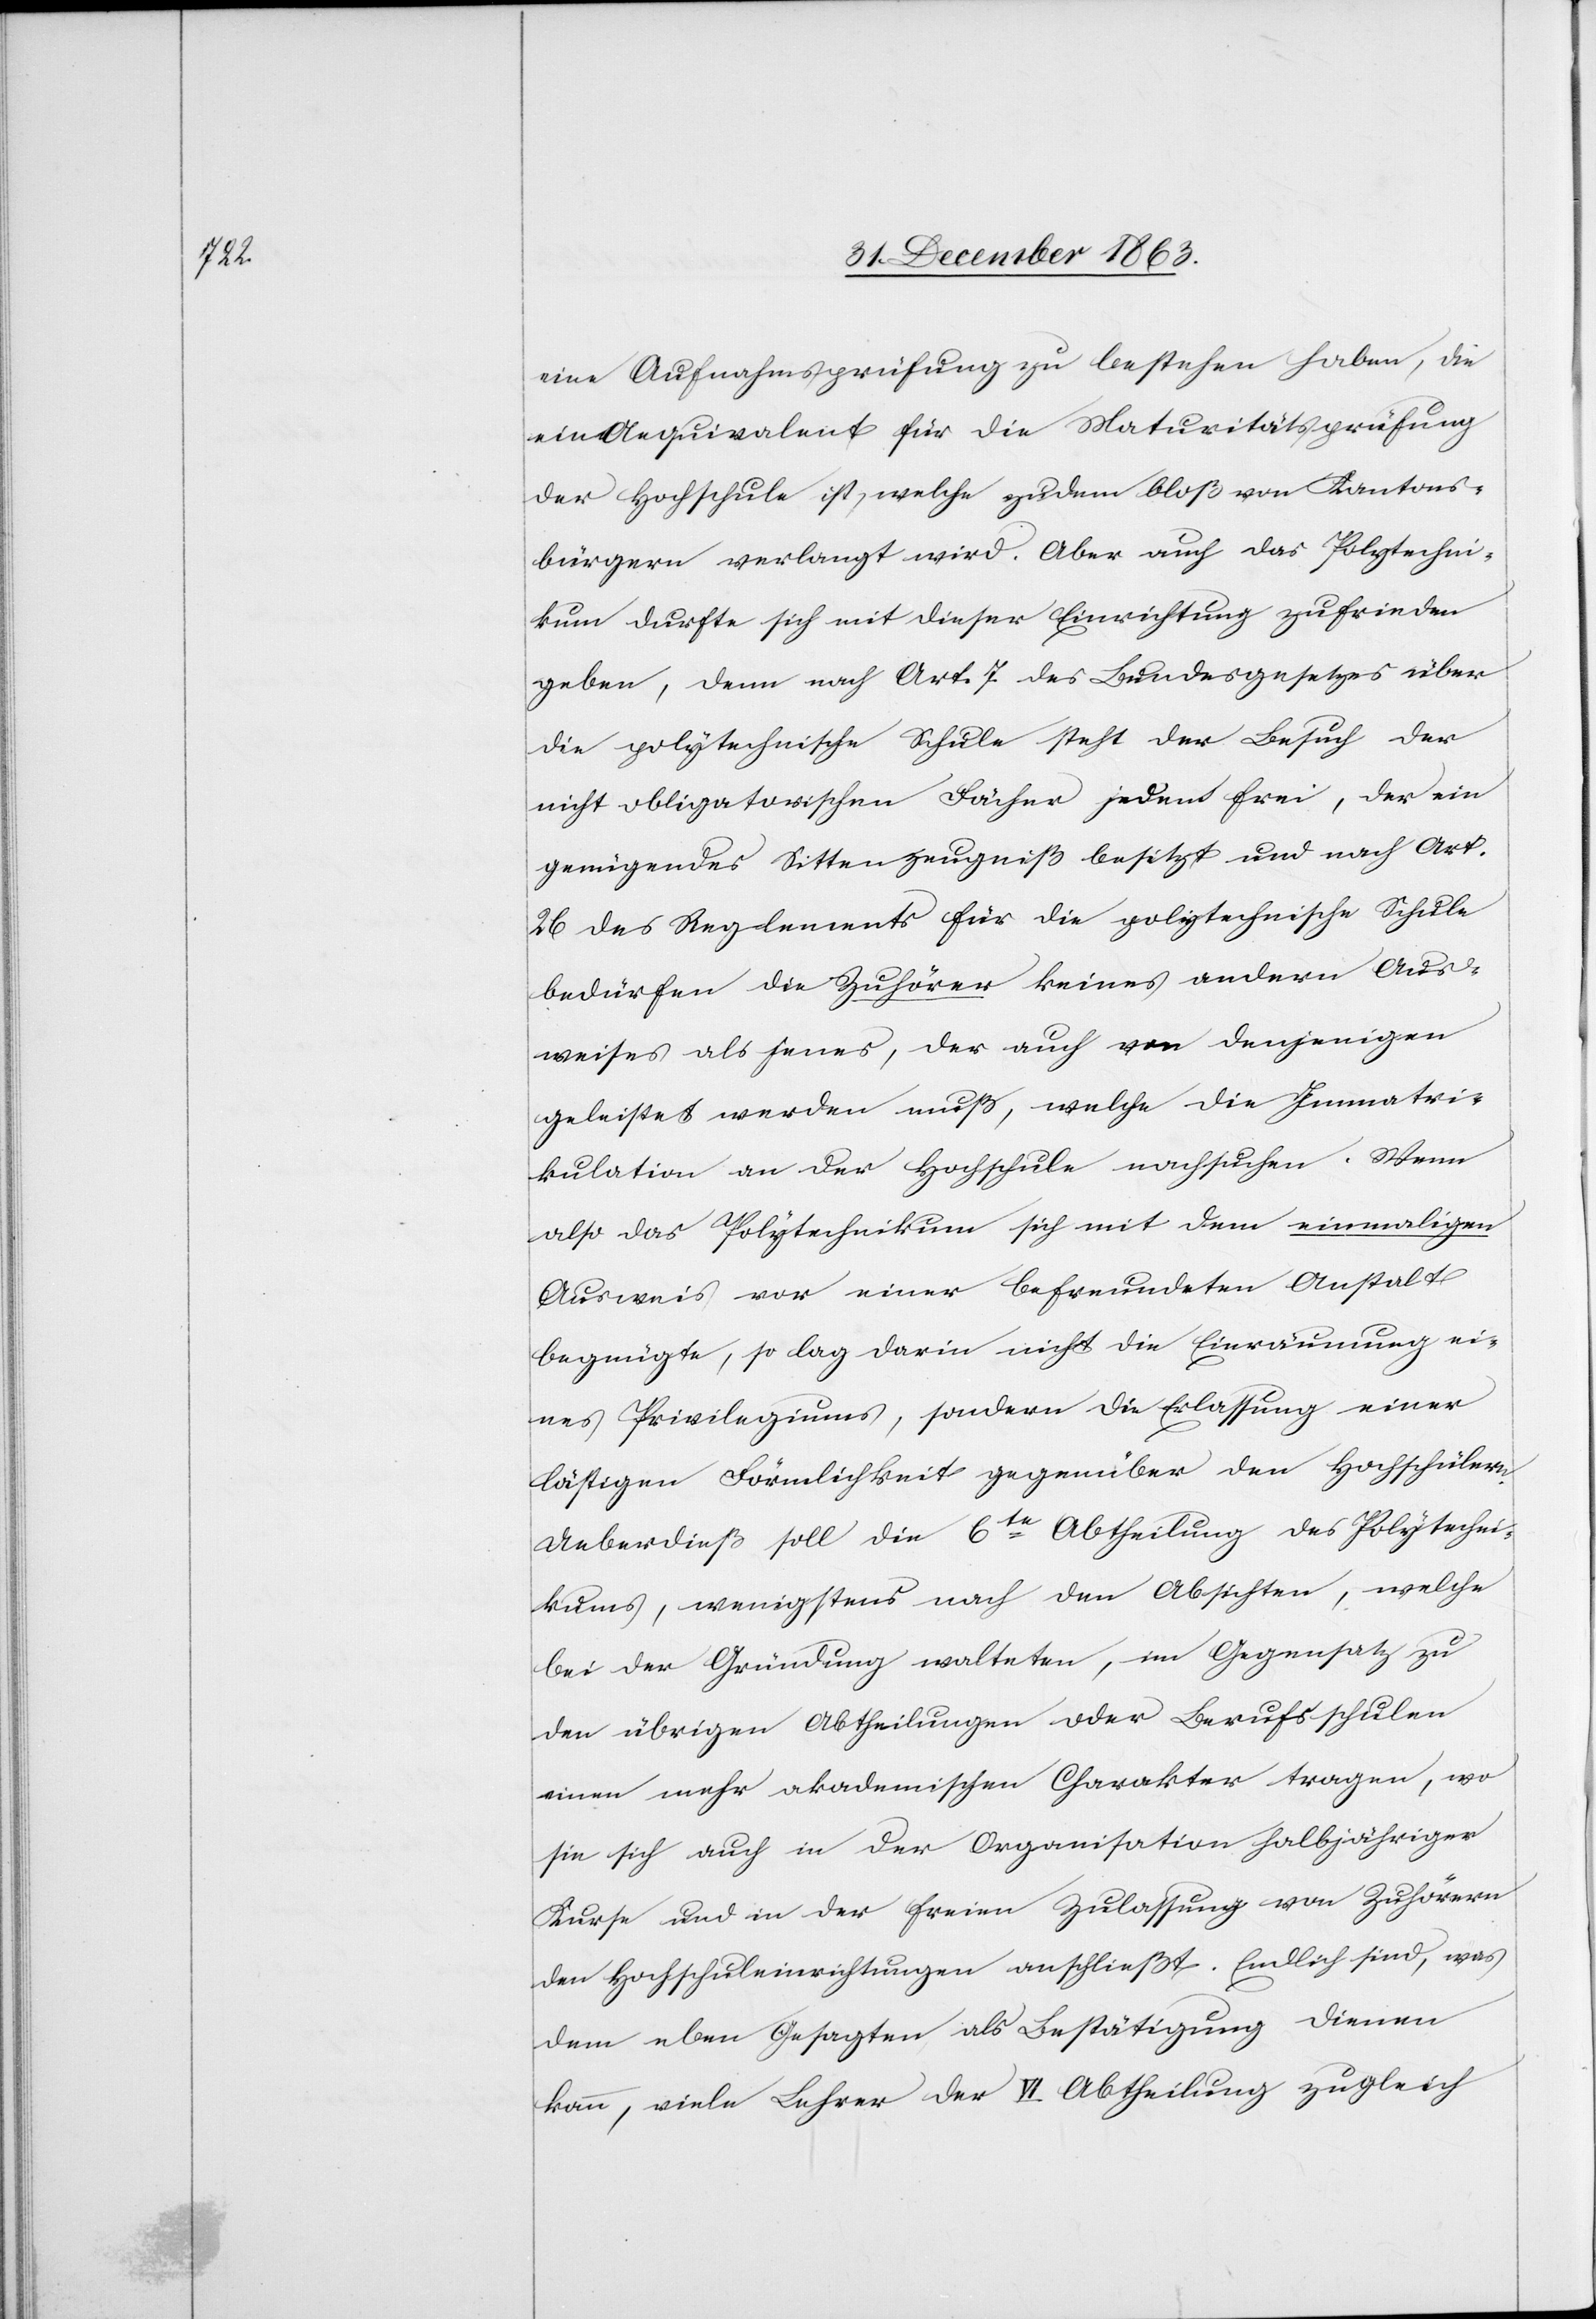
eine Aufnahmsprüfung zu bestehen haben, die
ein Aequivalent für die Maturitätsprüfung
der Hochschule ist, welche zudem bloß von Kantons¬
bürgern verlangt wird. Aber auch das Polytechni¬
kum durfte sich mit dieser Einrichtung zufrieden
geben, denn nach Art. 7 des Bundesgesetzes über
die polytechnische Schule steht der Besuch der
nicht obligatorischen Fächer jedem frei, der ein
genügendes Sittenzeugniß besitzt und nach Art.
26 des Reglements für die polytechnische Schule
bedürfen die Zuhörer keines andern Aus¬
weises als jenes, der auch von denjenigen
geleistet werden muß, welche die Immatri¬
kulation an der Hochschule nachsuchen. Wenn
also das Polytechnikum sich mit dem einmaligen
Ausweis vor einer befreundeten Anstalt
begnügte, so lag darin nicht die Einräumung ei¬
nes Privilegiums, sondern die Erlassung einer
lästigen Förmlichkeit gegenüber den Hochschülern.
Ueberdieß soll die 6te Abtheilung des Polytechni¬
kums, wenigstens nach den Absichten, welche
bei der Gründung walteten, im Gegensatz zu
den übrigen Abtheilungen oder Berufsschulen
einen mehr akademischen Charakter tragen, wo
sie sich auch in der Organisation halbjähriger
Kurse und in der freien Zulassung von Zuhörern
den Hochschuleinrichtungen anschließt. Endlich sind, was
dem eben Gesagten als Bestätigung dienen
kann, viele Lehrer der VI Abtheilung zugleich